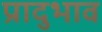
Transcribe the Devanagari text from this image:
प्रादुभाव